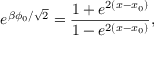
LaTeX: e ^ { \beta \phi _ { 0 } / \sqrt { 2 } } = \frac { 1 + e ^ { 2 ( x - x _ { 0 } ) } } { 1 - e ^ { 2 ( x - x _ { 0 } ) } } ,